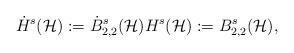
LaTeX: \begin{align*}\dot H^s (\mathcal{H}):= \dot{B}^s_{2,2}(\mathcal{H}) H^s (\mathcal{H}):= B^s_{2,2}(\mathcal{H}),\end{align*}